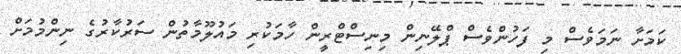
ކަމަށާ ނަމަވެސް މި ފަހުންވެސް ޕްލޭނިން މިނިސްޓްރީން ހާމަކުރި މައުލޫމާތުން ސަރުކާރުގެ ނިންމުމަށް